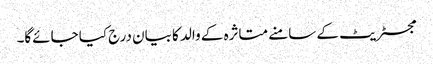
مجسٹریٹ کے سامنے متاثرہ کے والد کا بیان درج کیا جائے‌گا۔